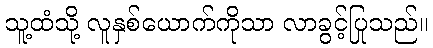
သူ့ထံသို့ လူနှစ်ယောက်ကိုသာ လာခွင့်ပြုသည်။